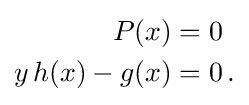
{\begin{aligned}P(x)&=0\\y\,h(x)-g(x)&=0\,.\end{aligned}}